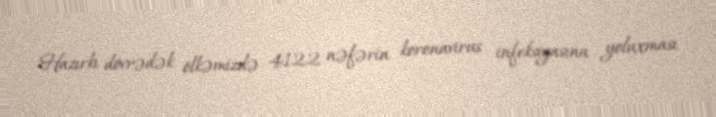
Hazırkı dövrədək ölkəmizdə 4122 nəfərin koronavirus infeksiyasına yoluxması